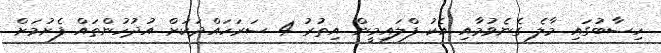
ހިސާބުގައި މާލެ ގެނެވުމާއި އެކު ފްލައިމީން އިތުރު 4 ސަރަހައްދަކަށް އުދުހުންތައް ފެށުމަށް